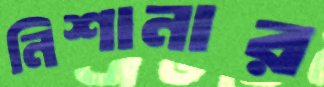
নিশানার